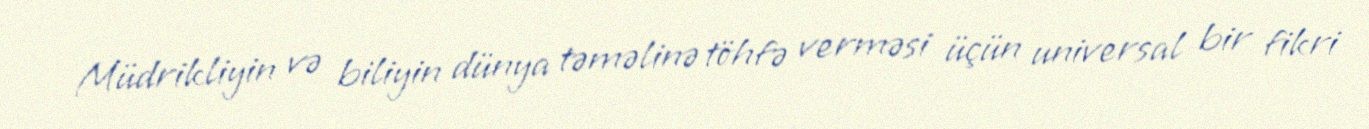
Müdrikliyin və biliyin dünya təməlinə töhfə verməsi üçün universal bir fikri